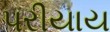
પરીયાય